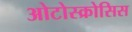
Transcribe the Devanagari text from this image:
ओटोस्क्रोसिस